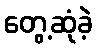
တွေ့ဆုံခဲ့